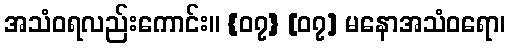
အသံဝရလည်းကောင်း။ {၀၇} [၀၇] မနောအသံဝရော၊